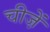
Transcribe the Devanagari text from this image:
चीजे़ें